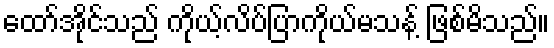
ထော်အိုင်သည် ကိုယ့်လိပ်ပြာကိုယ်မသန့် ဖြစ်မိသည်။